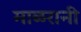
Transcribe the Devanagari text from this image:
माळरानी